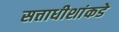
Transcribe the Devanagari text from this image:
सत्ताधीशांकडे